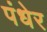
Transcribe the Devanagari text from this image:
पंधेर